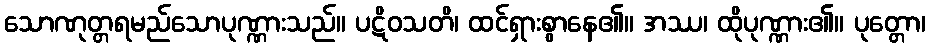
သောဏုတ္တရမည်သောပုဏ္ဏားသည်။ ပဋိဝသတိ၊ ထင်ရှားစွာနေ၏။ အဿ၊ ထိုပုဏ္ဏား၏။ ပုတ္တော၊